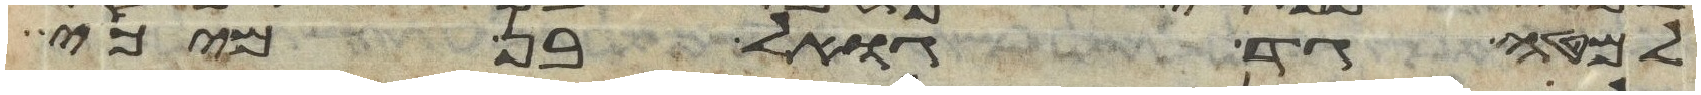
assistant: למטה גד גואל בן מיכי